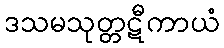
ဒသမသုတ္တဋီကာယံ